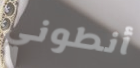
أنطوني